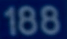
188